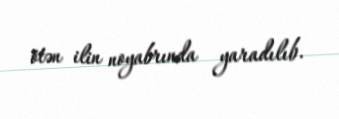
ötən ilin noyabrında yaradılıb.